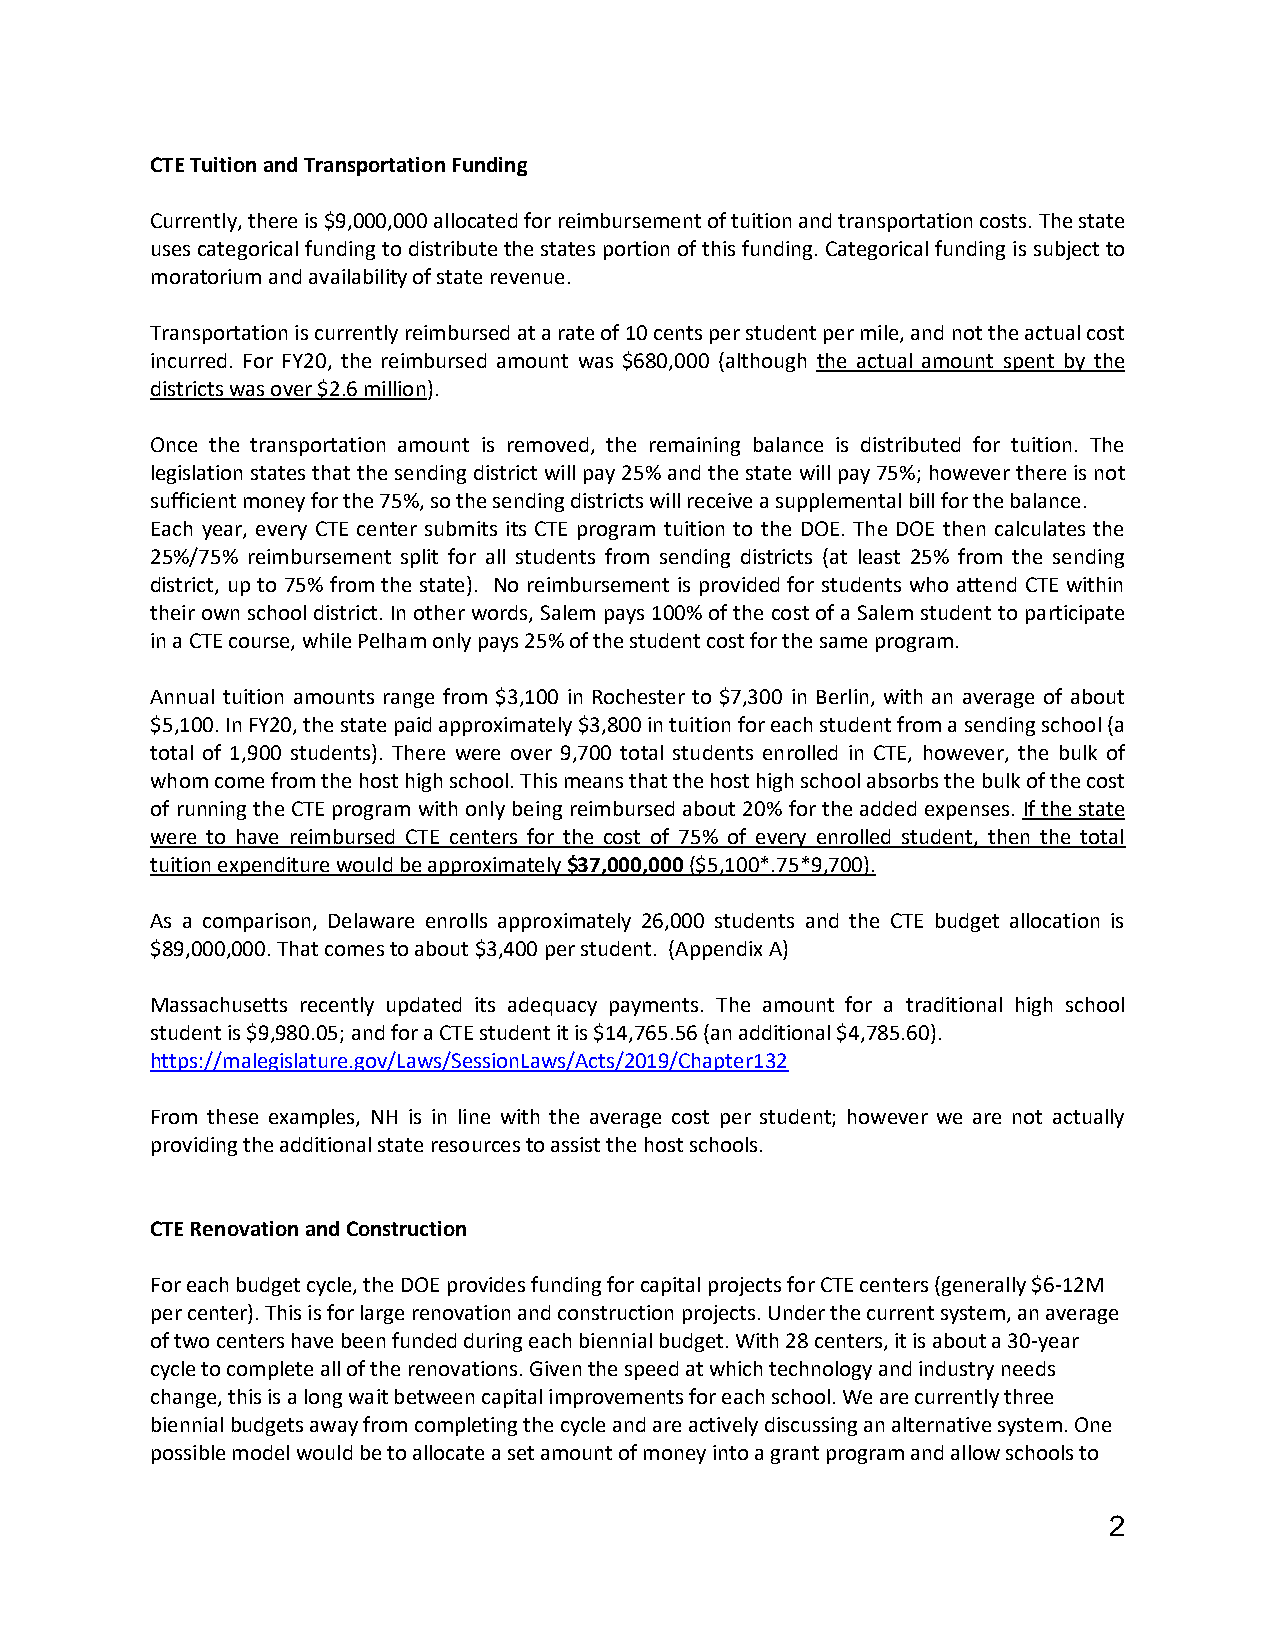
CTE Tuition and Transportation Funding
 Currently, there is $9,000,000 allocated for reimbursement of tuition and transportation costs. The state
 uses categorical funding to distribute the states portion of this funding. Categorical funding is subject to
 moratorium and availability of state revenue.
 Transportation is currently reimbursed at a rate of 10 cents per student per mile, and not the actual cost
 incurred. For FY20, the reimbursed amount was $680,000 (although the actual amount spent by the
 districts was over $2.6 million).
 Once the transportation amount is removed, the remaining balance is distributed for tuition. The
 legislation states that the sending district will pay 25% and the state will pay 75%; however there is not
 sufficient money for the 75%, so the sending districts will receive a supplemental bill for the balance.
 Each year, every CTE center submits its CTE program tuition to the DOE. The DOE then calculates the
 25%/75% reimbursement split for all students from sending districts (at least 25% from the sending
 district, up to 75% from the state). No reimbursement is provided for students who attend CTE within
 their own school district. In other words, Salem pays 100% of the cost of a Salem student to participate
 in a CTE course, while Pelham only pays 25% of the student cost for the same program.
 Annual tuition amounts range from $3,100 in Rochester to $7,300 in Berlin, with an average of about
 $5,100. In FY20, the state paid approximately $3,800 in tuition for each student from a sending school (a
 total of 1,900 students). There were over 9,700 total students enrolled in CTE, however, the bulk of
 whom come from the host high school. This means that the host high school absorbs the bulk of the cost
 of running the CTE program with only being reimbursed about 20% for the added expenses. If the state
 were to have reimbursed CTE centers for the cost of 75% of every enrolled student, then the total
 tuition expenditure would be approximately $37,000,000 ($5,100*.75*9,700).
 As a comparison, Delaware enrolls approximately 26,000 students and the CTE budget allocation is
 $89,000,000. That comes to about $3,400 per student. (Appendix A)
 Massachusetts recently updated its adequacy payments. The amount for a traditional high school
 student is $9,980.05; and for a CTE student it is $14,765.56 (an additional $4,785.60).
 https://malegislature.gov/Laws/SessionLaws/Acts/2019/Chapter132
 From these examples, NH is in line with the average cost per student; however we are not actually
 providing the additional state resources to assist the host schools.
 CTE Renovation and Construction
 For each budget cycle, the DOE provides funding for capital projects for CTE centers (generally $6-12M
 per center). This is for large renovation and construction projects. Under the current system, an average
 of two centers have been funded during each biennial budget. With 28 centers, it is about a 30-year
 cycle to complete all of the renovations. Given the speed at which technology and industry needs
 change, this is a long wait between capital improvements for each school. We are currently three
 biennial budgets away from completing the cycle and are actively discussing an alternative system. One
 possible model would be to allocate a set amount of money into a grant program and allow schools to
 2